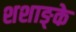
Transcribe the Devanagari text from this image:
शशाङ्के